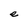
Character: e